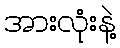
အားလုံးနဲ့